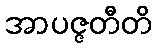
အာပဇ္ဇတီတိ